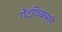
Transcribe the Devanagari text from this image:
गेटफिक्सने